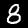
Digit: 8